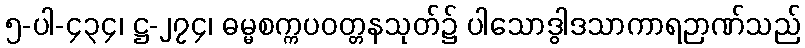
၅-ပါ-၄၃၄၊ ဋ္ဌ-၂၇၄၊ ဓမ္မစက္ကပဝတ္တနသုတ်၌ ပါသောဒွါဒသာကာရဉာဏ်သည်